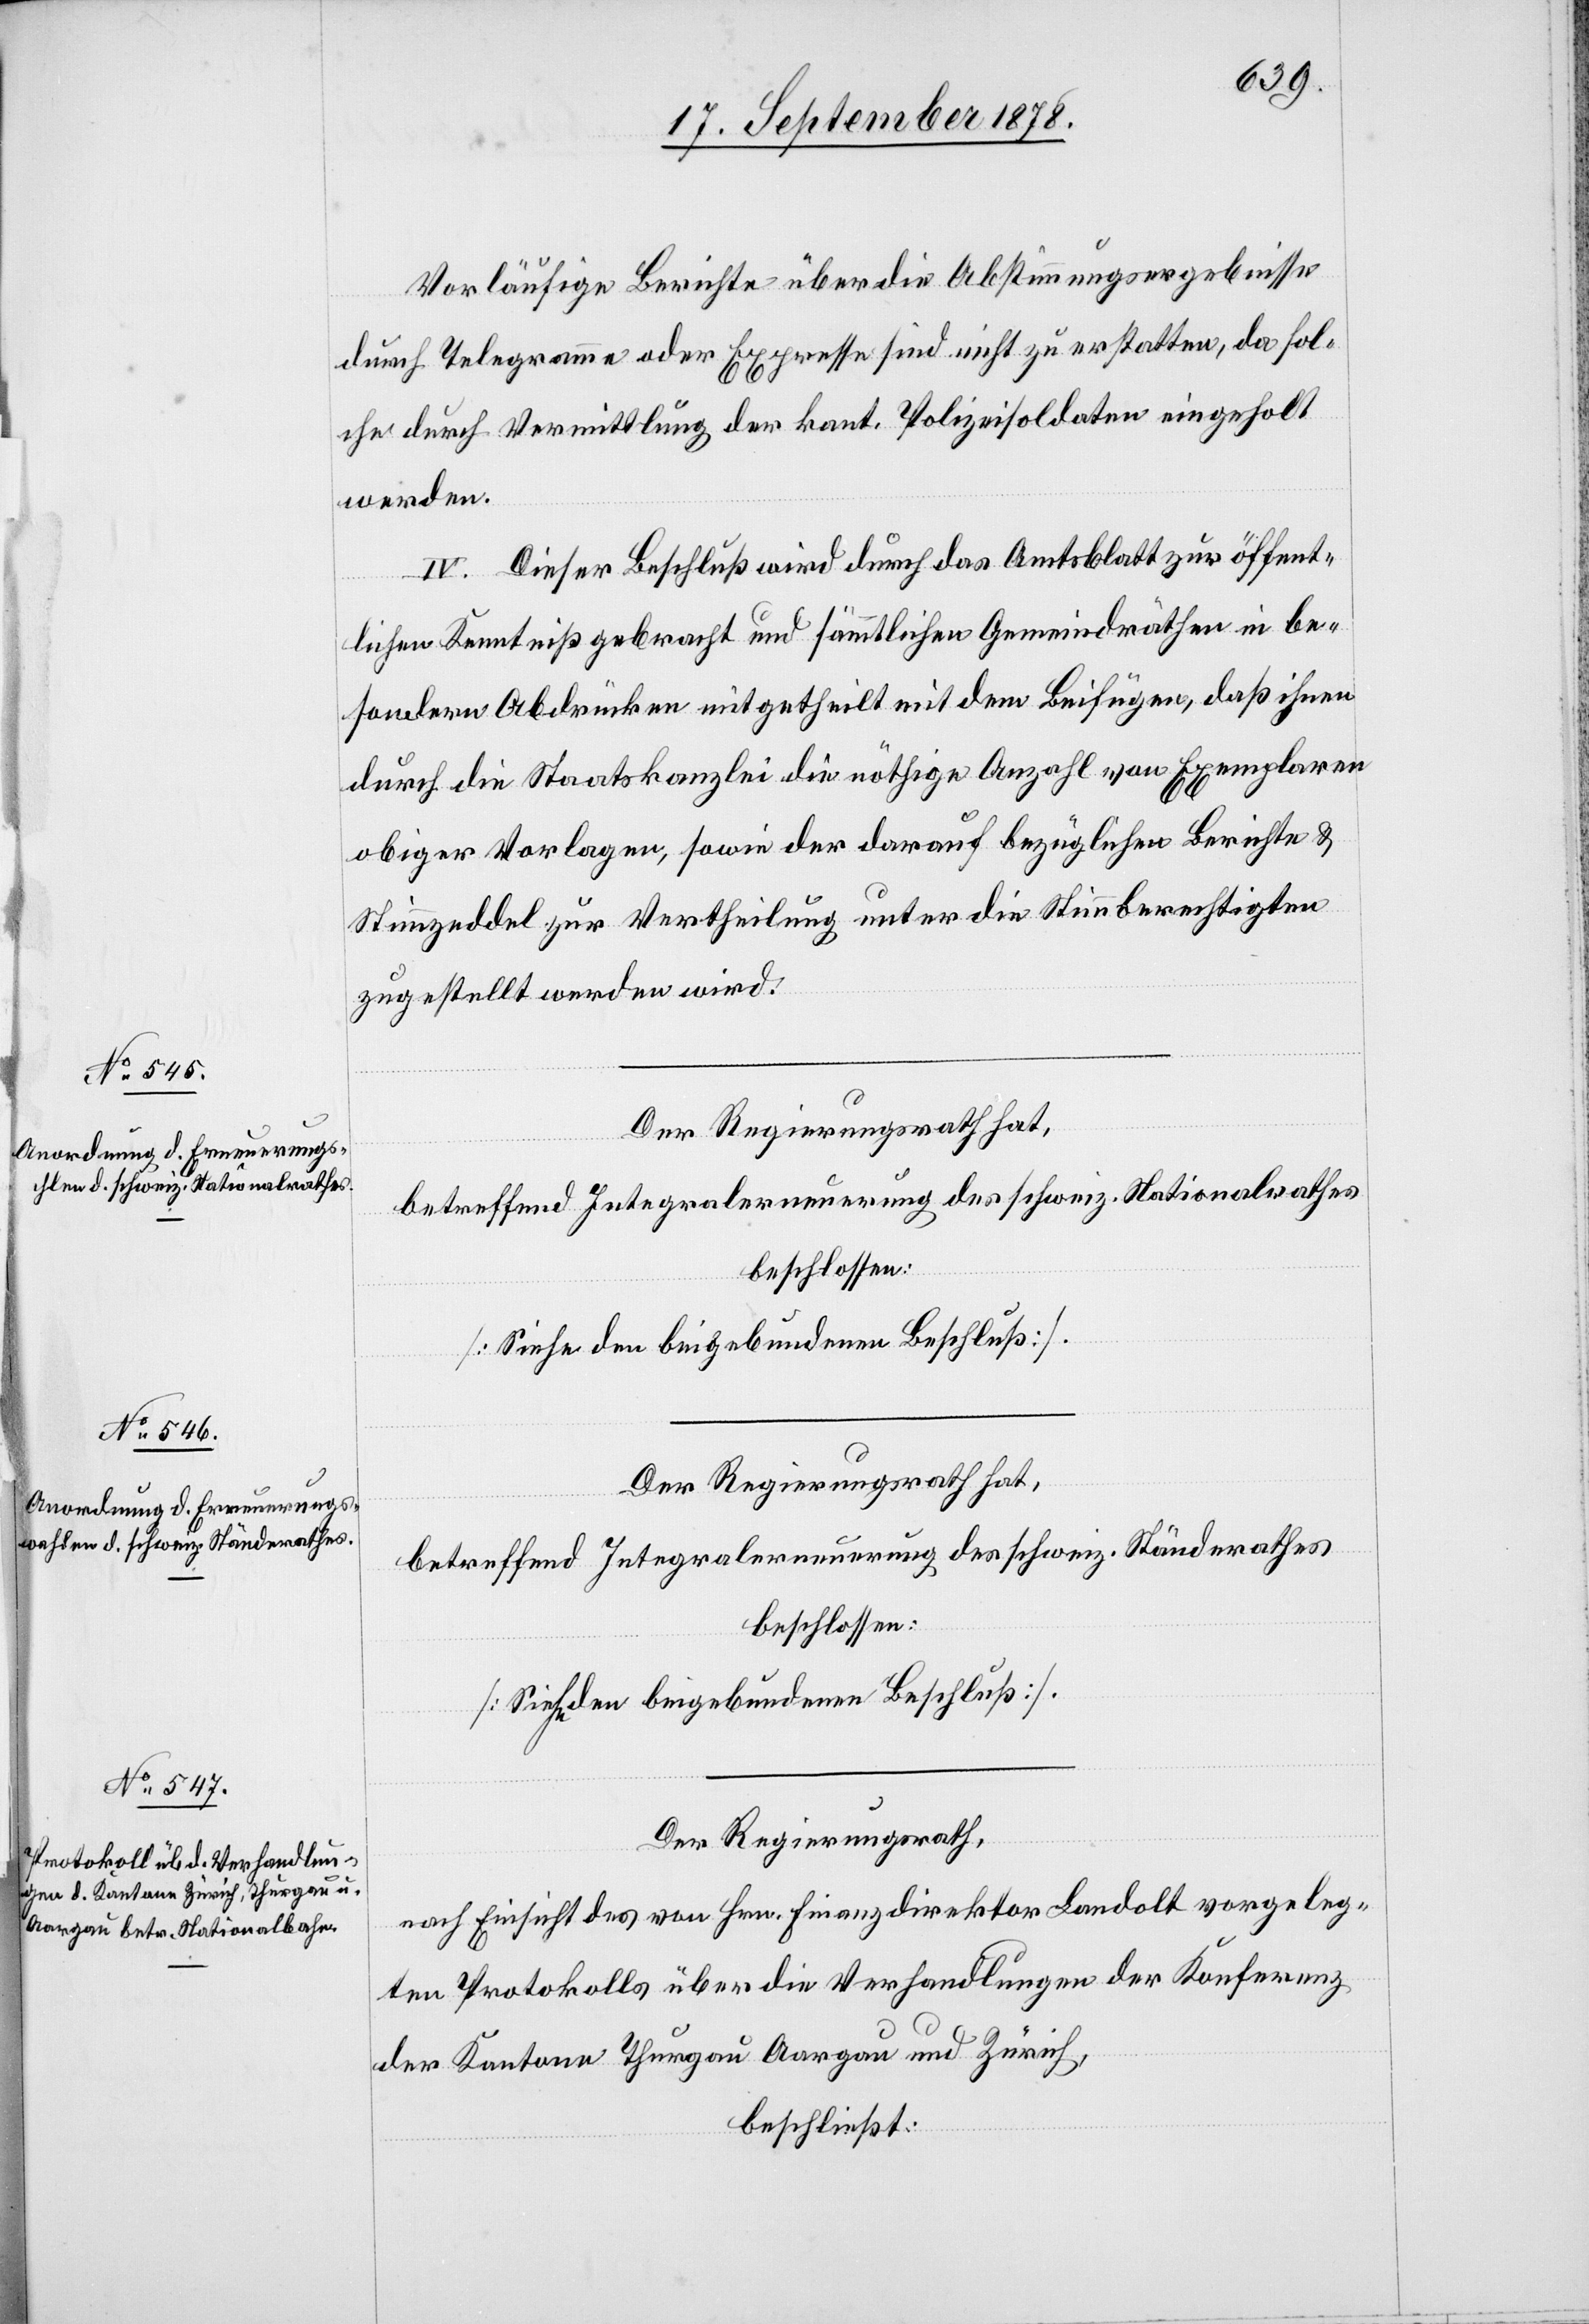
Vorläufige Berichte über die Abstimmungsergebnisse
durch Telegramme oder Expresse sind nicht zu erstatten, da sol¬
che durch Vermittlung der kant. Polizeisoldaten eingeholt
werden.
IV. Dieser Beschluß wird durch das Amtsblatt zur öffent¬
lichen Kenntniß gebracht und sämmtlichen Gemeindräthen in be¬
sondern Abdrücken mitgetheilt mit dem Beifügen, daß ihnen
durch die Staatskanzlei die nöthige Anzahl von Exemplaren
obiger Vorlagen, sowie der darauf bezüglichen Berichte &
Stimmzeddel zur Vertheilung unter die Stimmberechtigten
zugestellt werden wird.
Der Regierungsrath hat,
betreffend Integralerneuerung des schweiz. Nationalrathes
beschlossen:
[Siehe den beigebundenen Beschluß].
Der Regierungsrath hat,
betreffend Integralerneuerung des schweiz. Ständerathes
beschlossen:
Der Regierungsrath,
nach Einsicht des von Hrn. Finanzdirektor Landolt vorgeleg¬
ten Protokolls über die Verhandlungen der Konferenz
der Kantone Thurgau, Aargau und Zürich,
beschließt: